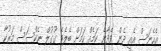
އެހެނަސް އެއީ ދެން ވެދާނެ ކަމެއް ކަމަށް ބެލެވޭ ގޫގުލް ނެކްސަސް މަރުކާ